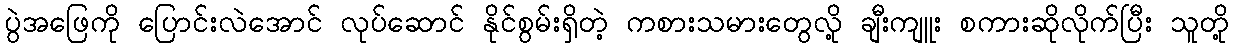
ပွဲအဖြေကို ပြောင်းလဲအောင် လုပ်ဆောင် နိုင်စွမ်းရှိတဲ့ ကစားသမားတွေလို့ ချီးကျူး စကားဆိုလိုက်ပြီး သူတို့